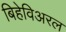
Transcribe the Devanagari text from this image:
बिहेविअरल